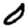
Digit: 0